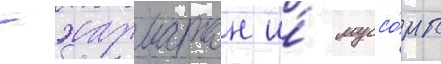
- харматан и́ муссо́ны